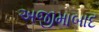
અજીમાબાદ